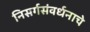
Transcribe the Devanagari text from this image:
निसर्गसंवर्धनाचे